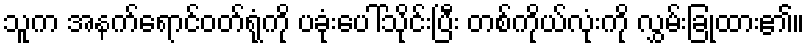
သူက အနက်ရောင်ဝတ်ရုံကို ပခုံးပေါ်သိုင်းပြီး တစ်ကိုယ်လုံးကို လွှမ်းခြုံထား၏။